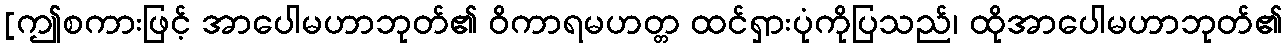
[ဤစကားဖြင့် အာပေါမဟာဘုတ်၏ ဝိကာရမဟတ္တ ထင်ရှားပုံကိုပြသည်၊ ထိုအာပေါမဟာဘုတ်၏